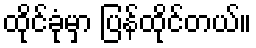
ထိုင်ခုံမှာ ပြန်ထိုင်တယ်။